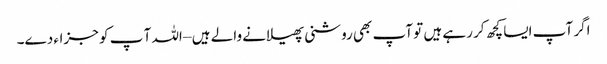
اگر آپ ایسا کچھ کر رہے ہیں تو آپ بھی روشنی پھیلانے والے ہیں – اللہ آ پ کو جزاء دے۔